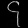
Digit: ၄